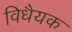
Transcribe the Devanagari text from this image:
विधैयक